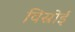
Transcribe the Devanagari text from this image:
विस्रोई